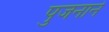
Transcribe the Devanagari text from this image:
पुजनाने